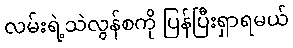
လမ်းရဲ့သဲလွန်စကို ပြန်ပြီးရှာရမယ်